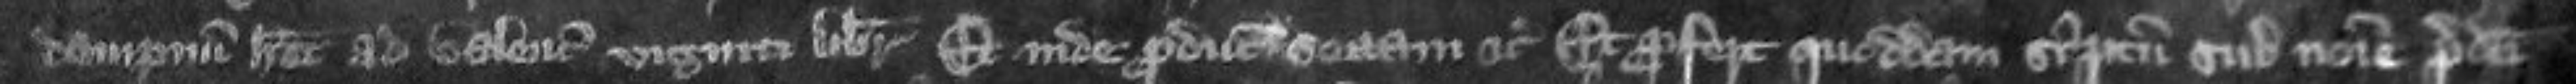
dampnum habet ad valenciam viginti librarum Et inde producit sectam etc Et profert quoddam scriptum sub nomine predicti